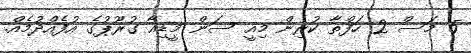
5 މަސް 2 ހަފްތާ ކުރިން މިއީ ސަން މީޑިއާ ގުރޫޕުގެ އުފެއްދުމެއް.